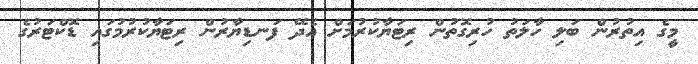
މީގެ އިތުރުން ބަލި ހާލަތު ހުރިގޮތުން ރިޓަޔާކުރުމަށް އެދޭ ފަނޑިޔާރުން ރިޓަޔާކުރުމުގައި ޑޮކްޓަރުގެ